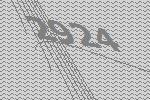
2924